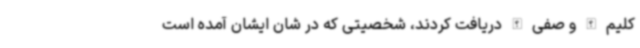
کلیم الله و صفی الله دریافت کردند، شخصیتی که در شان ایشان آمده است